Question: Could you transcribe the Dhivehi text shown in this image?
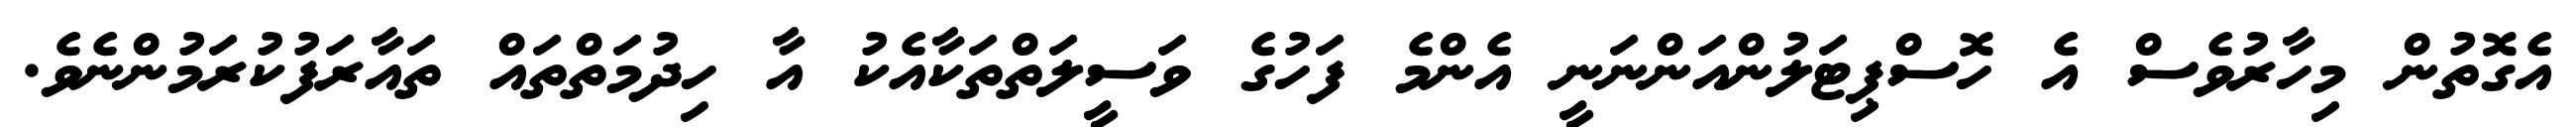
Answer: އެގޮތުން މިހާރުވެސް އެ ހޮސްޕިޓަލުންއަންނަނީ އެންމެ ފަހުގެ ވަސީލަތްތަކާއެކު އާ ހިދުމަތްތައް ތައާރަފުކުރަމުންނެވެ.